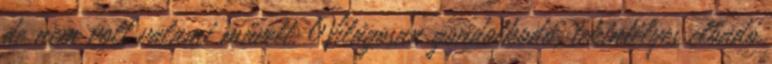
de nem volt valami művelt. Világosan gondolkodó, tekintélyes előadó